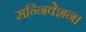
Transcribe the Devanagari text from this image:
सन्निवेशन।